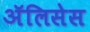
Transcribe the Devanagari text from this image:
ॲलिसेस